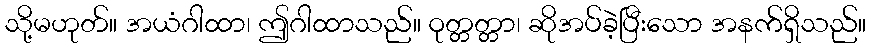
သို့မဟုတ်။ အယံဂါထာ၊ ဤဂါထာသည်။ ဝုတ္တတ္တာ၊ ဆိုအပ်ခဲ့ပြီးသော အနက်ရှိသည်။